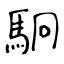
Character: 駉